Source: Handwritten
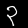
Digit: ၃ (3)